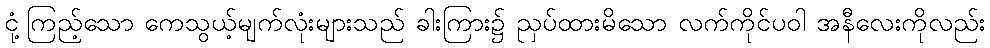
ငုံ့ကြည့်သော ကေသွယ့်မျက်လုံးများသည် ခါးကြား၌ ညှပ်ထားမိသော လက်ကိုင်ပဝါ အနီလေးကိုလည်း